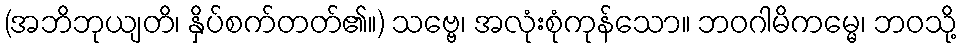
(အဘိဘုယျတိ၊ နှိပ်စက်တတ်၏။) သဗ္ဗေ၊ အလုံးစုံကုန်သော။ ဘဝဂါမိကမ္မေ၊ ဘဝသို့